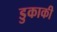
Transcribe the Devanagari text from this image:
डुकाकी